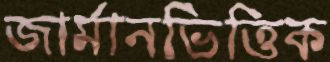
জার্মানভিত্তিক